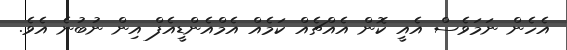
އެހެން ނަމަވެސް އެއީ ކޮން އެއްޗެއް ކަމެއް އެމްއެންޑީއެފް އިން ނުބުނެ އެވެ.